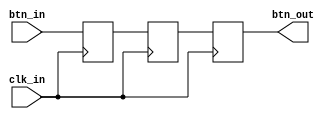
`timescale 1ns / 1ps
/*****************************************************
* Written by: David J. Marion
* Byte Calculator on BASYS 3 FPGA
*****************************************************/

module btn_debouncer(
    input clk_in,
    input btn_in,
    output btn_out
    );
    
    reg t0, t1, t2;
    
    always @(posedge clk_in) begin
        t0 <= btn_in;
        t1 <= t0;
        t2 <= t1;
    end
    
    assign btn_out = t2;
    
endmodule